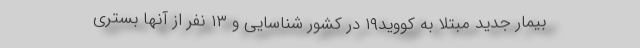
بیمار جدید مبتلا به کووید۱۹ در کشور شناسایی و ۱۳ نفر از آنها بستری